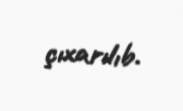
çıxarılıb.